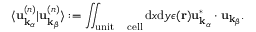
\langle \mathbf { u } _ { \mathbf { k } _ { \alpha } } ^ { ( n ) } \vert \mathbf { u } _ { \mathbf { k } _ { \beta } } ^ { ( n ) } \rangle : = \iint _ { \mathrm { u n i t \quad c e l l } } \mathrm { d } x \mathrm { d } y \epsilon ( \mathbf { r } ) \mathbf { u } _ { \mathbf { k } _ { \alpha } } ^ { * } \cdot \mathbf { u } _ { \mathbf { k } _ { \beta } } .